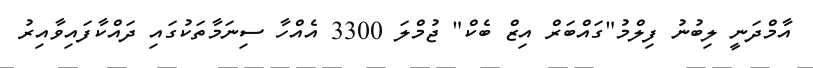
އާމްދަނީ ލިބުނު ފިލްމު"ގައްބަރް އިޒް ބެކް" ޖުމްލަ 3300 އެއްހާ ސިނަމާތަކުގައި ދައްކާފައިވާއިރު